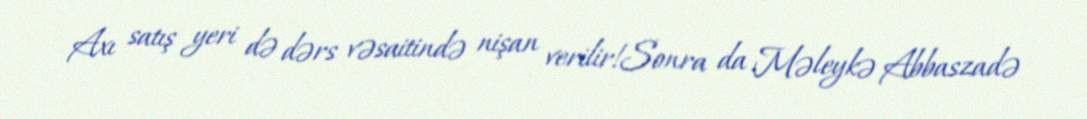
Axı satış yeri də dərs vəsaitində nişan verilir!Sonra da Məleykə Abbaszadə